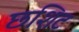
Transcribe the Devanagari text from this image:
छशिट